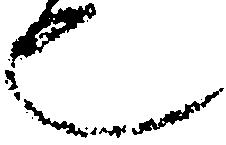
也